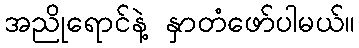
အညိုရောင်နဲ့ နှာတံဖော်ပါမယ်။